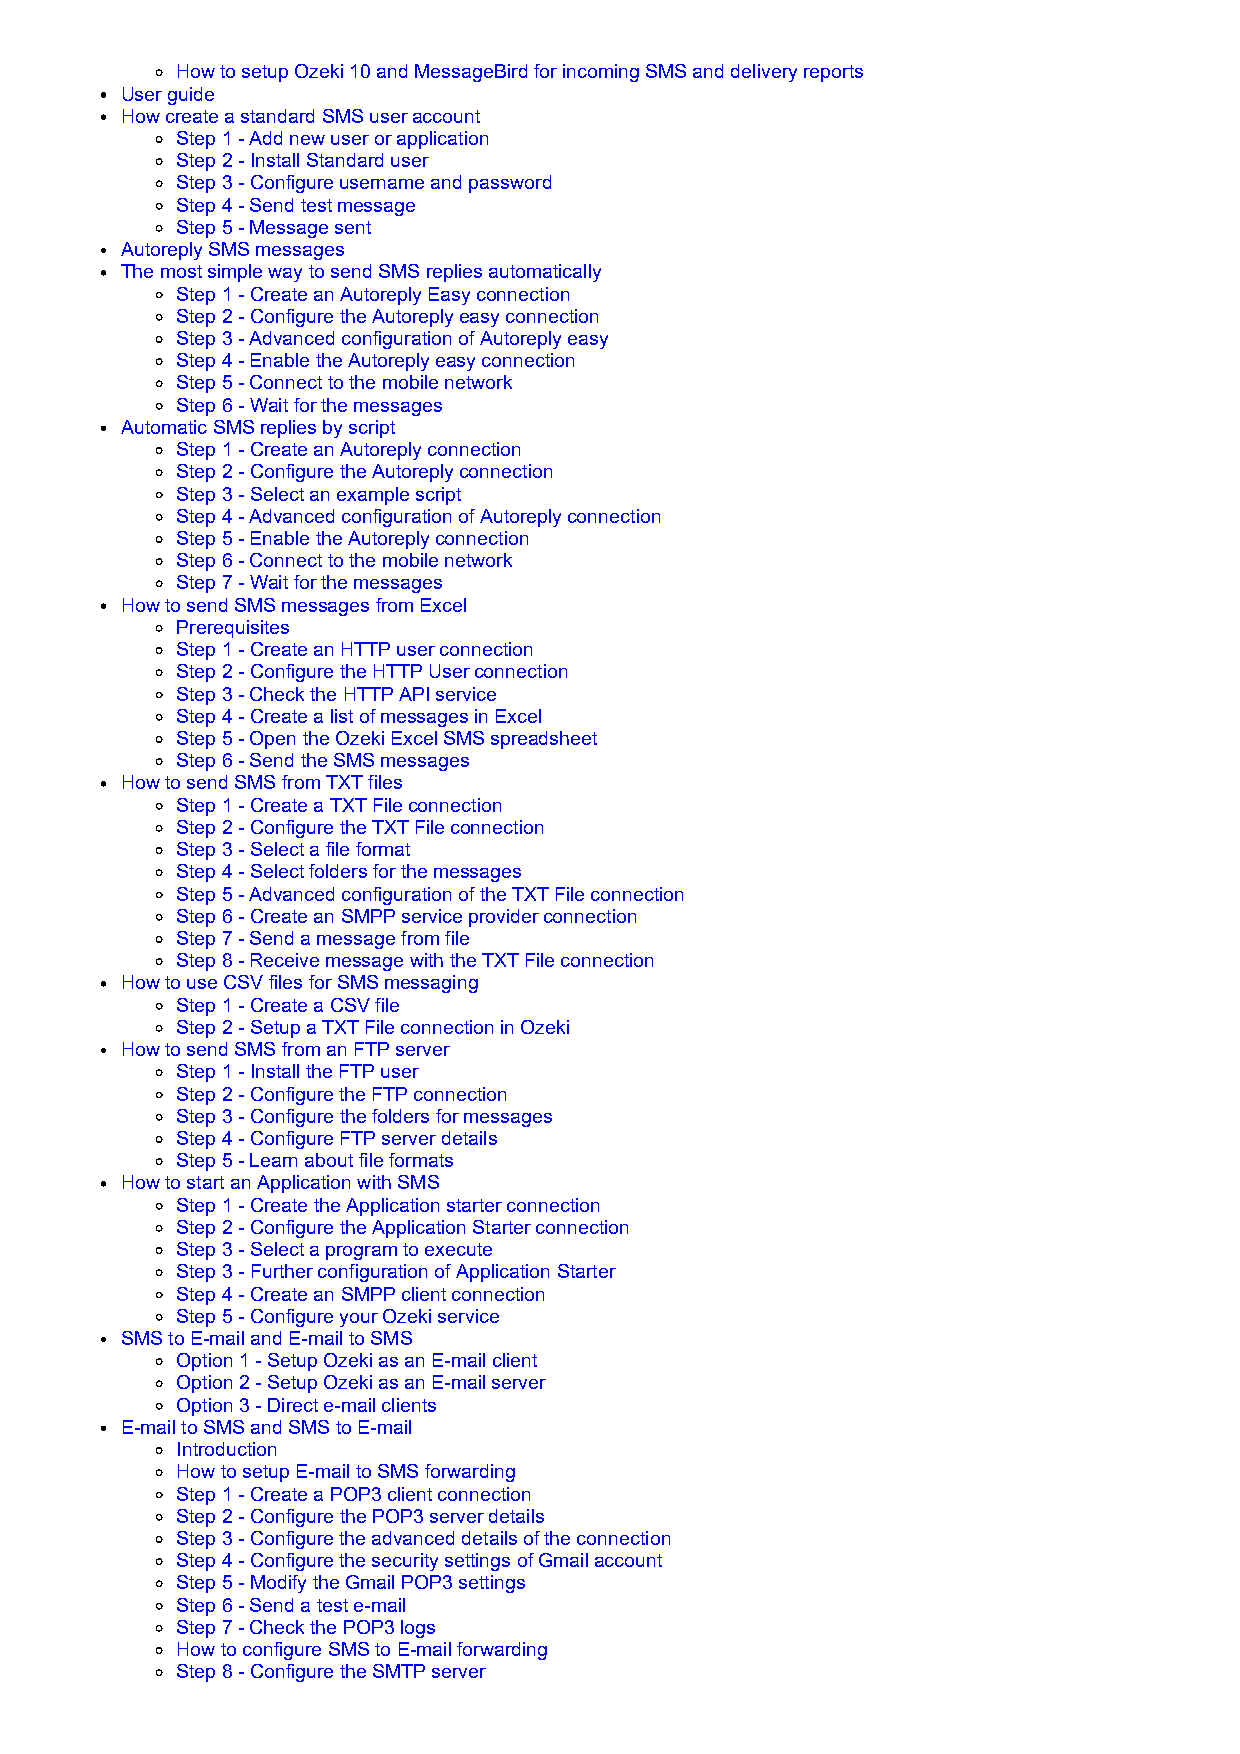
How to setup Ozeki 10 and MessageBird for incoming SMS and delivery reports
 User guide
 How create a standard SMS user account
 Step 1 - Add new user or application
 Step 2 - Install Standard user
 Step 3 - Configure username and password
 Step 4 - Send test message
 Step 5 - Message sent
 Autoreply SMS messages
 The most simple way to send SMS replies automatically
 Step 1 - Create an Autoreply Easy connection
 Step 2 - Configure the Autoreply easy connection
 Step 3 - Advanced configuration of Autoreply easy
 Step 4 - Enable the Autoreply easy connection
 Step 5 - Connect to the mobile network
 Step 6 - Wait for the messages
 Automatic SMS replies by script
 Step 1 - Create an Autoreply connection
 Step 2 - Configure the Autoreply connection
 Step 3 - Select an example script
 Step 4 - Advanced configuration of Autoreply connection
 Step 5 - Enable the Autoreply connection
 Step 6 - Connect to the mobile network
 Step 7 - Wait for the messages
 How to send SMS messages from Excel
 Prerequisites
 Step 1 - Create an HTTP user connection
 Step 2 - Configure the HTTP User connection
 Step 3 - Check the HTTP API service
 Step 4 - Create a list of messages in Excel
 Step 5 - Open the Ozeki Excel SMS spreadsheet
 Step 6 - Send the SMS messages
 How to send SMS from TXT files
 Step 1 - Create a TXT File connection
 Step 2 - Configure the TXT File connection
 Step 3 - Select a file format
 Step 4 - Select folders for the messages
 Step 5 - Advanced configuration of the TXT File connection
 Step 6 - Create an SMPP service provider connection
 Step 7 - Send a message from file
 Step 8 - Receive message with the TXT File connection
 How to use CSV files for SMS messaging
 Step 1 - Create a CSV file
 Step 2 - Setup a TXT File connection in Ozeki
 How to send SMS from an FTP server
 Step 1 - Install the FTP user
 Step 2 - Configure the FTP connection
 Step 3 - Configure the folders for messages
 Step 4 - Configure FTP server details
 Step 5 - Learn about file formats
 How to start an Application with SMS
 Step 1 - Create the Application starter connection
 Step 2 - Configure the Application Starter connection
 Step 3 - Select a program to execute
 Step 3 - Further configuration of Application Starter
 Step 4 - Create an SMPP client connection
 Step 5 - Configure your Ozeki service
 SMS to E-mail and E-mail to SMS
 Option 1 - Setup Ozeki as an E-mail client
 Option 2 - Setup Ozeki as an E-mail server
 Option 3 - Direct e-mail clients
 E-mail to SMS and SMS to E-mail
 Introduction
 How to setup E-mail to SMS forwarding
 Step 1 - Create a POP3 client connection
 Step 2 - Configure the POP3 server details
 Step 3 - Configure the advanced details of the connection
 Step 4 - Configure the security settings of Gmail account
 Step 5 - Modify the Gmail POP3 settings
 Step 6 - Send a test e-mail
 Step 7 - Check the POP3 logs
 How to configure SMS to E-mail forwarding
 Step 8 - Configure the SMTP server